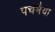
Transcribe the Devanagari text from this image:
पचभैया